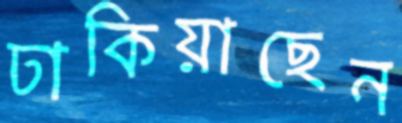
ঢাকিয়াছেন